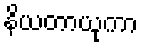
နိယတာယုကာ